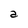
Character: a